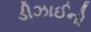
ડીઝાઈનો